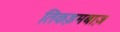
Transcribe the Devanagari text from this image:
तिकड़मबाज़